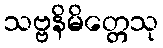
သဗ္ဗနိမိတ္တေသု